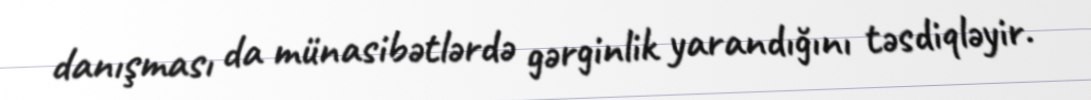
danışması da münasibətlərdə gərginlik yarandığını təsdiqləyir.